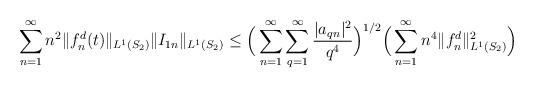
LaTeX: \begin{align*}\sum_{n=1}^{\infty}n^2\Vert f_n^d(t) \Vert_{L^1(S_2)}\Vert I_{1n} \Vert_{L^1(S_2)}\leq \Big(\sum_{n=1}^{\infty}\sum_{q=1}^{\infty}\dfrac{\vert a_{qn} \vert^2}{q^4}\Big)^{1/2}\Big(\sum_{n=1}^{\infty}n^4\Vert f_n^d \Vert_{L^1(S_2)}^2\Big)\end{align*}